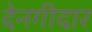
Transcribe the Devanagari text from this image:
देनगीदार